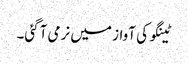
ٹینگو کی آواز میں نرمی آگئی۔